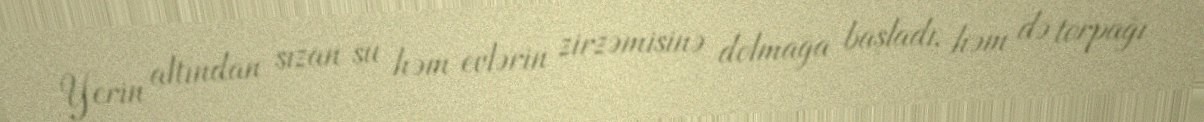
Yerin altından sızan su həm evlərin zirzəmisinə dolmağa başladı, həm də torpağı